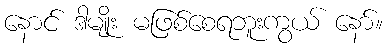
နောင် ဒါမျိုး မဖြစ်စေရဘူးကွယ် နော်။